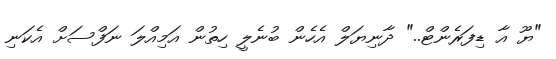
"ޔޫ އާ ޑިފަރެންޓް.." ދާނިޔަލް އެހެން ބުނެލީ ހިތުން އަމިއްލަ ނަފްސަށް އެކަނި